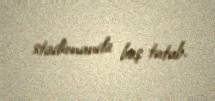
stadionunda baş tutub.